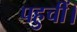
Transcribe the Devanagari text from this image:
पहुचीं।